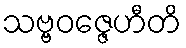
သဗ္ဗဝဇ္ဇေဟီတိ